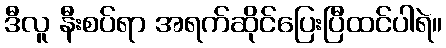
ဒီလူ နီးစပ်ရာ အရက်ဆိုင်ပြေးပြီထင်ပါရဲ။